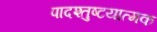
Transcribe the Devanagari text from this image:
पादश्तुष्टयात्मक